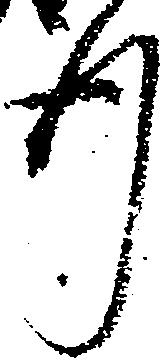
行